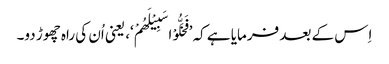
اِس کے بعد فرمایا ہے کہ ’فَخَلُّوْا سَبِیْلَھُمْ‘، یعنی اُن کی راہ چھوڑ دو۔